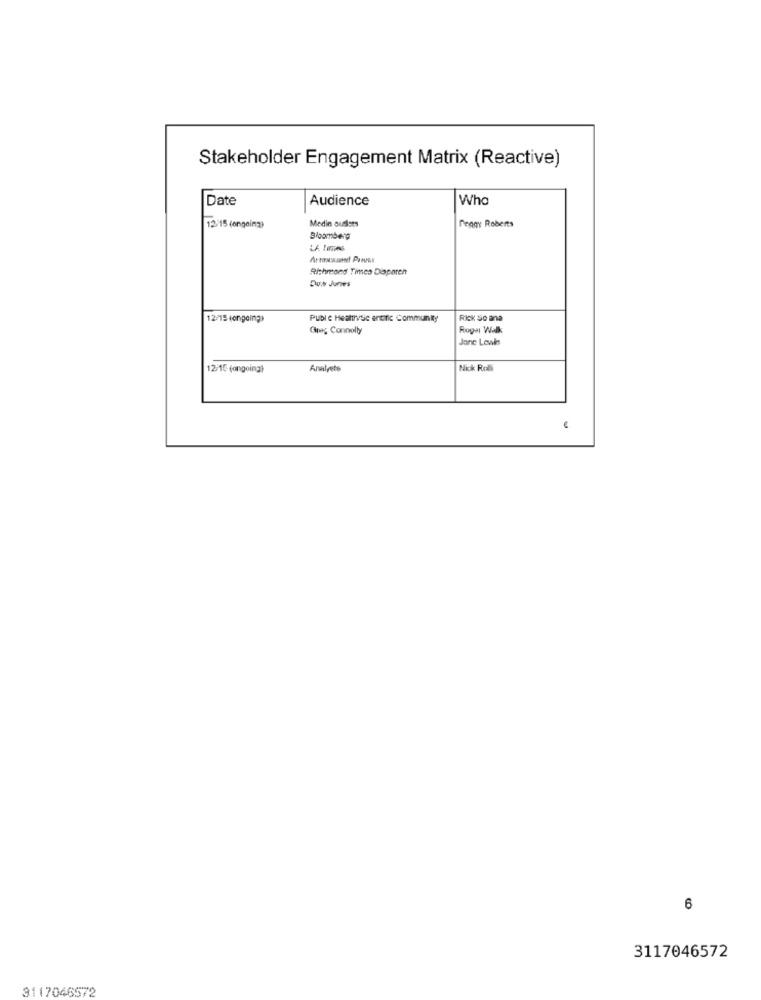
Stakeholder Engagement Matrix (Reactive)
Date
Audience
Who
Medin ousists
12:15 (ongoing)
Peggy Roberts
Bloomberg
Richmond Times Dispatch
Dus Jones
12/15 (ongoing)
Publ e Healthvsic entinic Community
Rick So ana
Greg Connolly
Roger Walk
Jane Lowles
12-15 (ongoing)
Analyste
Nick Rolli
-
6
3117046572
3117046572